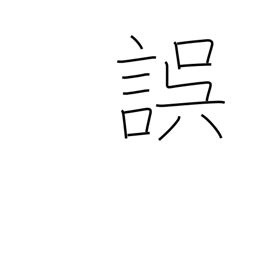
Meaning: err